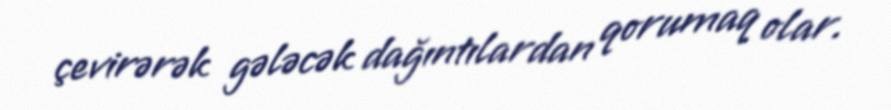
çevirərək gələcək dağıntılardan qorumaq olar.